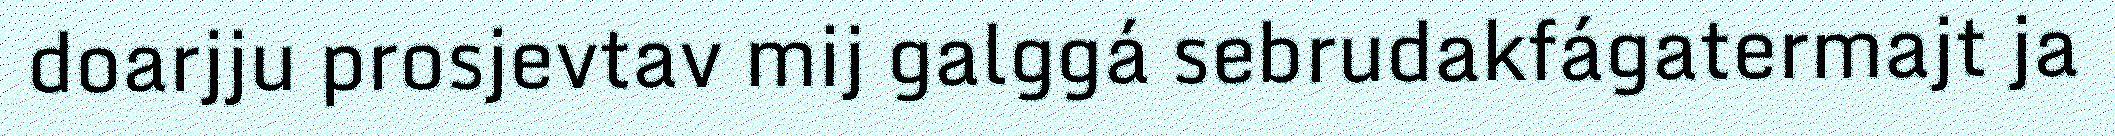
doarjju prosjevtav mij galggá sebrudakfágatermajt ja